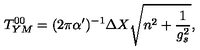
T _ { Y M } ^ { 0 0 } = ( 2 \pi \alpha ^ { \prime } ) ^ { - 1 } \Delta X \sqrt { n ^ { 2 } + \frac { 1 } { g _ { s } ^ { 2 } } } ,